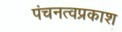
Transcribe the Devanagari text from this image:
पंचनत्वप्रकाश